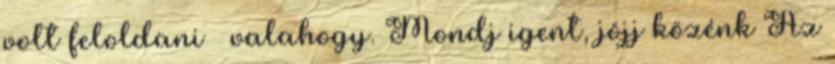
volt feloldani – valahogy. Mondj igent, jöjj közénk Az